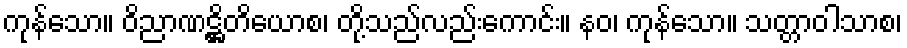
ကုန်သော။ ဝိညာဏဋ္ဌိတိယောစ၊ တို့သည်လည်းကောင်း။ နဝ၊ ကုန်သော။ သတ္တာဝါသာစ၊